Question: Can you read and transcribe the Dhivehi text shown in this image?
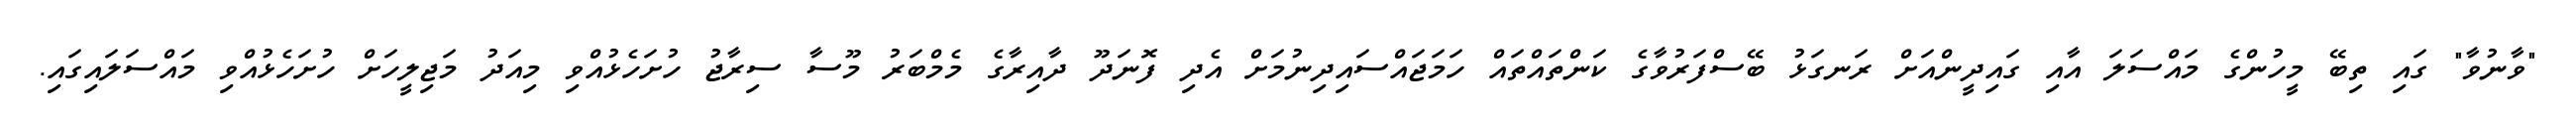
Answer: "ވާނުވާ" ގައި ތިބޭ މީހުންގެ މައްސަލަ އާއި ގައިދީންއަށް ރަނގަޅު ބޭސްފަރުވާގެ ކަންތައްތައް ހަމަޖައްސައިދިނުމަށް އެދި ފޮނަދޫ ދާއިރާގެ މެމްބަރު މޫސާ ސިރާޖު ހުށަހެޅުއްވި މިއަދު މަޖިލީހަށް ހުށަހެޅުއްވި މައްސަލައިގައި.